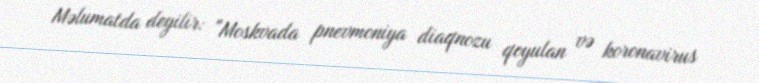
Məlumatda deyilir: "Moskvada pnevmoniya diaqnozu qoyulan və koronavirus